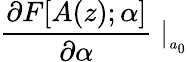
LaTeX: \frac{\partial F[A(z);\alpha]}{\partial\alpha}\mid_{_{a_{0}}}